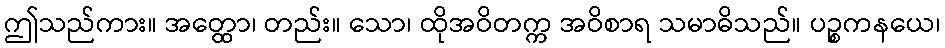
ဤသည်ကား။ အတ္ထော၊ တည်း။ သော၊ ထိုအဝိတက္က အဝိစာရ သမာဓိသည်။ ပဉ္စကနယေ၊